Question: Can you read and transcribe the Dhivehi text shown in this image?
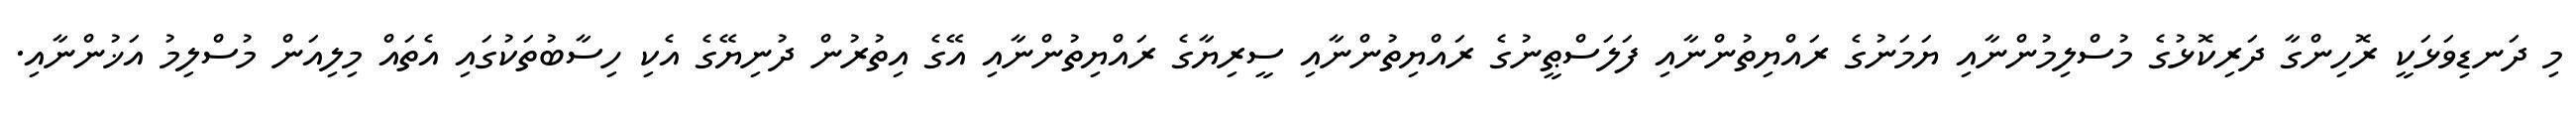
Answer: މި ދަނޑިވަޅަކީ ރޮހިންގާ ދަރިކޮޅުގެ މުސްލިމުންނާއި ޔަމަނުގެ ރައްޔިތުންނާއި ފަލަސްޠީނުގެ ރައްޔިތުންނާއި ސީރިޔާގެ ރައްޔިތުންނާއި އޭގެ އިތުރުން ދުނިޔޭގެ އެކި ހިސާބުތަކުގައި އެތައް މިލިއަން މުސްލިމު އަޚުންނާއި.